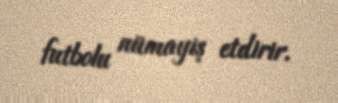
futbolu nümayiş etdirir.